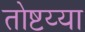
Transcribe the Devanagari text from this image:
तोष्टय्या